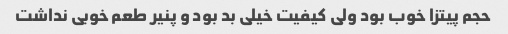
حجم پیتزا خوب بود ولی کیفیت خیلی بد بود و پنیر طعم خوبی نداشت